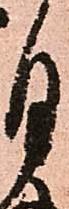
月